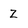
Character: Z